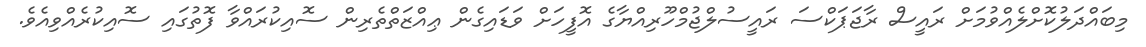
މިބައްދަލުކޮށްލެއްވުމަށް ރައީސް ރާޖަޕަކްސަ ރައީސުލްޖުމްހޫރިއްޔާގެ އޮފީހަށް ވަޑައިގެން ޢިއްޒަތްތެރިން ސޮއިކުރައްވާ ފޮތުގައި ސޮއިކުރެއްވިއެވެ.